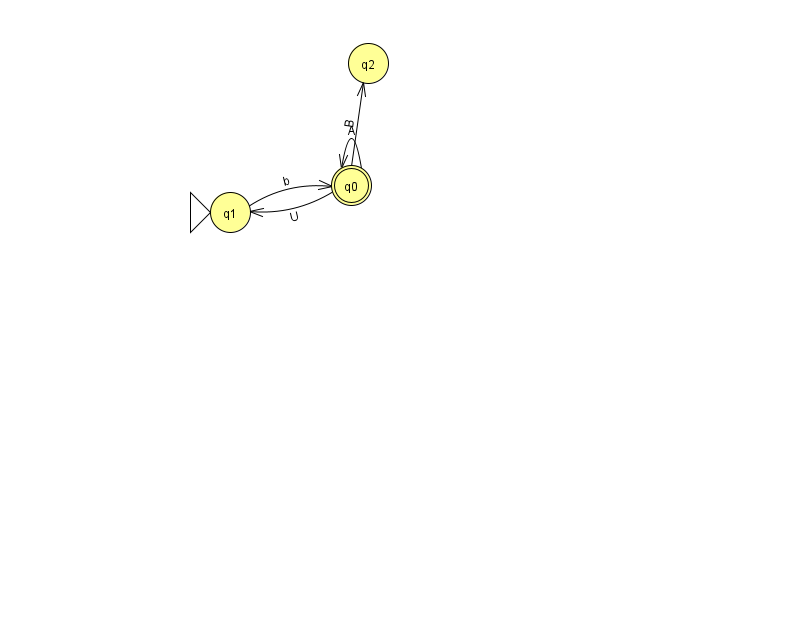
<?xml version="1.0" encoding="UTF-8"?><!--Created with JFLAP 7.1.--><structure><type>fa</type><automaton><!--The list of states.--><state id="0" name="q0"><x>351.0</x><y>172.0</y><final/></state><state id="1" name="q1"><x>230.0</x><y>199.0</y><initial/></state><state id="2" name="q2"><x>368.0</x><y>50.0</y></state><!--The list of transitions.--><transition><from>0</from><to>0</to><read>A</read></transition><transition><from>0</from><to>1</to><read>U</read></transition><transition><from>0</from><to>2</to><read>B</read></transition><transition><from>1</from><to>0</to><read>b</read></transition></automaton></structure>